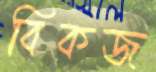
বিকজ